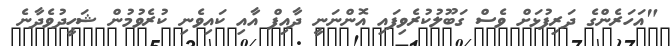
"އަހަރެންގެ ދަރިފުޅަށް ވެސް ގަބޫލުކުރެވިފައި އޮންނަނީ ދާއިފް އާއި ކައިވެނި ކުރެވުމުން ޝަހީދުވެދާނެ